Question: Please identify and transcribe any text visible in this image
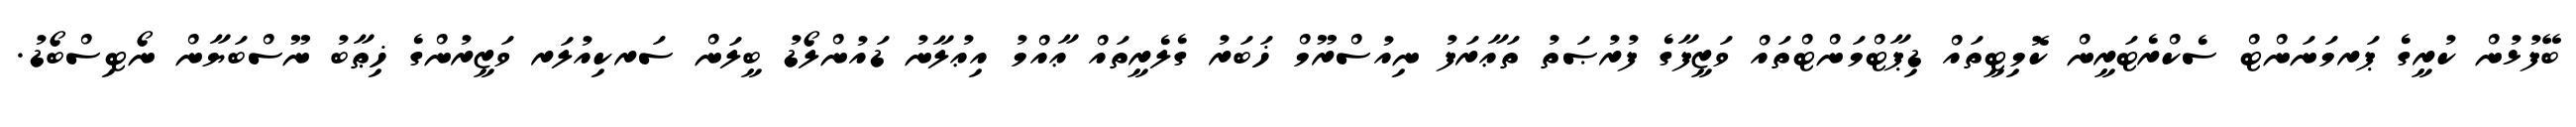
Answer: ބޭފުޅުން ކުރީގެ ޕަރމަނަންޓް ސެކްރެޓަރީން ކޮމިޓީތައް ޑިޕާޓްމަންޓްތައް ވަޒީފާގެ ފުރުޞަތު ތަޢާރަފު ނިއުސްރޫމް ޚަބަރު ގެލެރީތައް ޢާއްމު އިޢުލާނު ޑައުންލޯޑު ބީލަން ސަރކިއުލަރ ވަޒީރުންގެ ޚިޠާބު ނޫސްބަޔާން ނޯޓިސްބޯޑު.